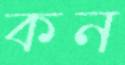
কন